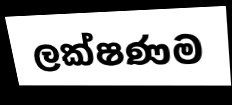
ලක්ෂණම